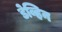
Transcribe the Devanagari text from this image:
डेव्हिन